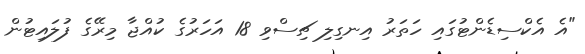
"އެ އެކްސިޑެންޓުގައި ހަތަރު އިނގިލި ޗިސްވި 18 އަހަރުގެ ކުއްޖާ މިރޭގެ ފުލައިޓުން